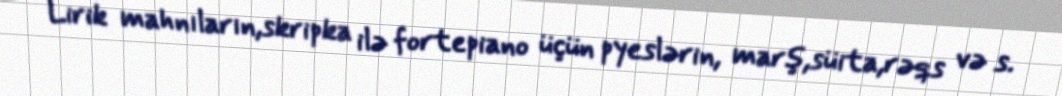
Lirik mahnıların,skripka ilə fortepiano üçün pyeslərin, marş,süita,rəqs və s.